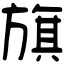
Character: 旗